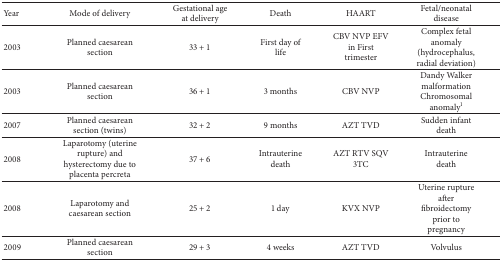
| Year | Mode of delivery | Gestational age at delivery | Death | HAART | Fetal/neonatal disease |
 | --- | --- | --- | --- | --- | --- |
 | 2003 | Planned caesarean section | 33 + 1 | First day of life | CBV NVP EFV in First trimester | Complex fetal anomaly (hydrocephalus, radial deviation) |
 | 2003 | Planned caesarean section | 36 + 1 | 3 months | CBV NVP | Dandy Walker malformation Chromosomal anomaly1 |
 | 2007 | Planned caesarean section (twins) | 32 + 2 | 9 months | AZT TVD | Sudden infant death |
 | 2008 | Laparotomy (uterine rupture) and hysterectomy due to placenta percreta | 37 + 6 | Intrauterine death | AZT RTV SQV 3TC | Intrauterine death |
 | 2008 | Laparotomy and caesarean section | 25 + 2 | 1 day | KVX NVP | Uterine rupture after fibroidectomy prior to pregnancy |
 | 2009 | Planned caesarean section | 29 + 3 | 4 weeks | AZT TVD | Volvulus |